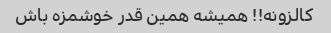
کالزونه!! همیشه همین قدر خوشمزه باش